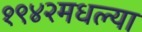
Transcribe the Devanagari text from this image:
१९४२मधल्या